Indian journal of veterinary science and animal husbandry - Volume 12,
Year: 1942
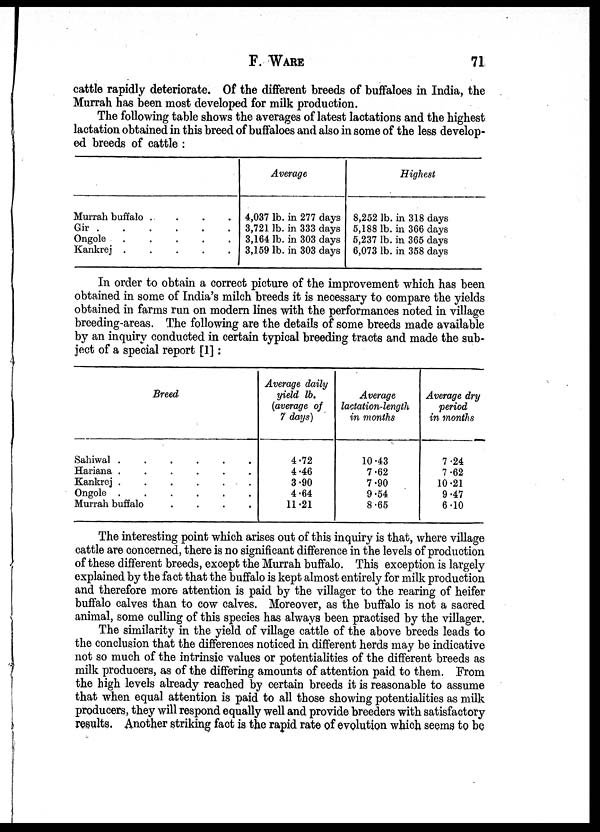
F. WARE 71
cattle rapidly deteriorate. Of the different breeds of buffaloes in India, the
Murrah has been most developed for milk production.
The following table shows the averages of latest lactations and the highest
lactation obtained in this breed of buffaloes and also in some of the less develop-
ed breeds of cattle :
Murrah buffalo ....
Gir
Ongole
.....
Kankrej
.....
Average
4,037 lb. in 277 days
3,721 lb. in 333 days
3,164 lb. in 303 days
3,159 lb. in 303 days
Highest
8,252 lb. in 318 days
5,188 lb. in 366 days
5,237 lb. in 365 days
6,073 lb. in 358 days
In order to obtain a correct picture of the improvement which has been
obtained in some of India's milch breeds it is necessary to compare the yields
obtained in farms run on modern lines with the performances noted in village
breeding-areas. The following are the details of some breeds made available
by an inquiry conducted in certain typical breeding tracts and made the sub-
ject of a special report [1]:
Breed
Sahiwal
......
Hariana
......
Kankrej
......
Ongole
......
Murrah buffalo
....
Average daily
yield lb.
(average of
7 days)
4.72
4.46
3.90
4.64
11.21
Average
lactation.length
in months
10.43
7.62
7.90
9.54
8.65
Average dry
period
in months
7.24
7.62
10.21
9.47
6.10
The interesting point which arises out of this inquiry is that, where village
cattle are concerned, there is no significant difference in the levels of production
of these different breeds, except the Murrah buffalo. This exception is largely
explained by the fact that the buffalo is kept almost entirely for milk production
and therefore more attention is paid by the villager to the rearing of heifer
buffalo calves than to cow calves. Moreover, as the buffalo is not a sacred
animal, some culling of this species has always been practised by the villager.
The similarity in the yield of village cattle of the above breeds leads to
the conclusion that the differences noticed in different herds may be indicative
not so much of the intrinsic values or potentialities of the different breeds as
milk producers, as of the differing amounts of attention paid to them. From
the high levels already reached by certain breeds it is reasonable to assume
that when equal attention is paid to all those showing potentialities as milk
producers, they will respond equally well and provide breeders with satisfactory
results. Another striking fact is the rapid rate of evolution which seems to be